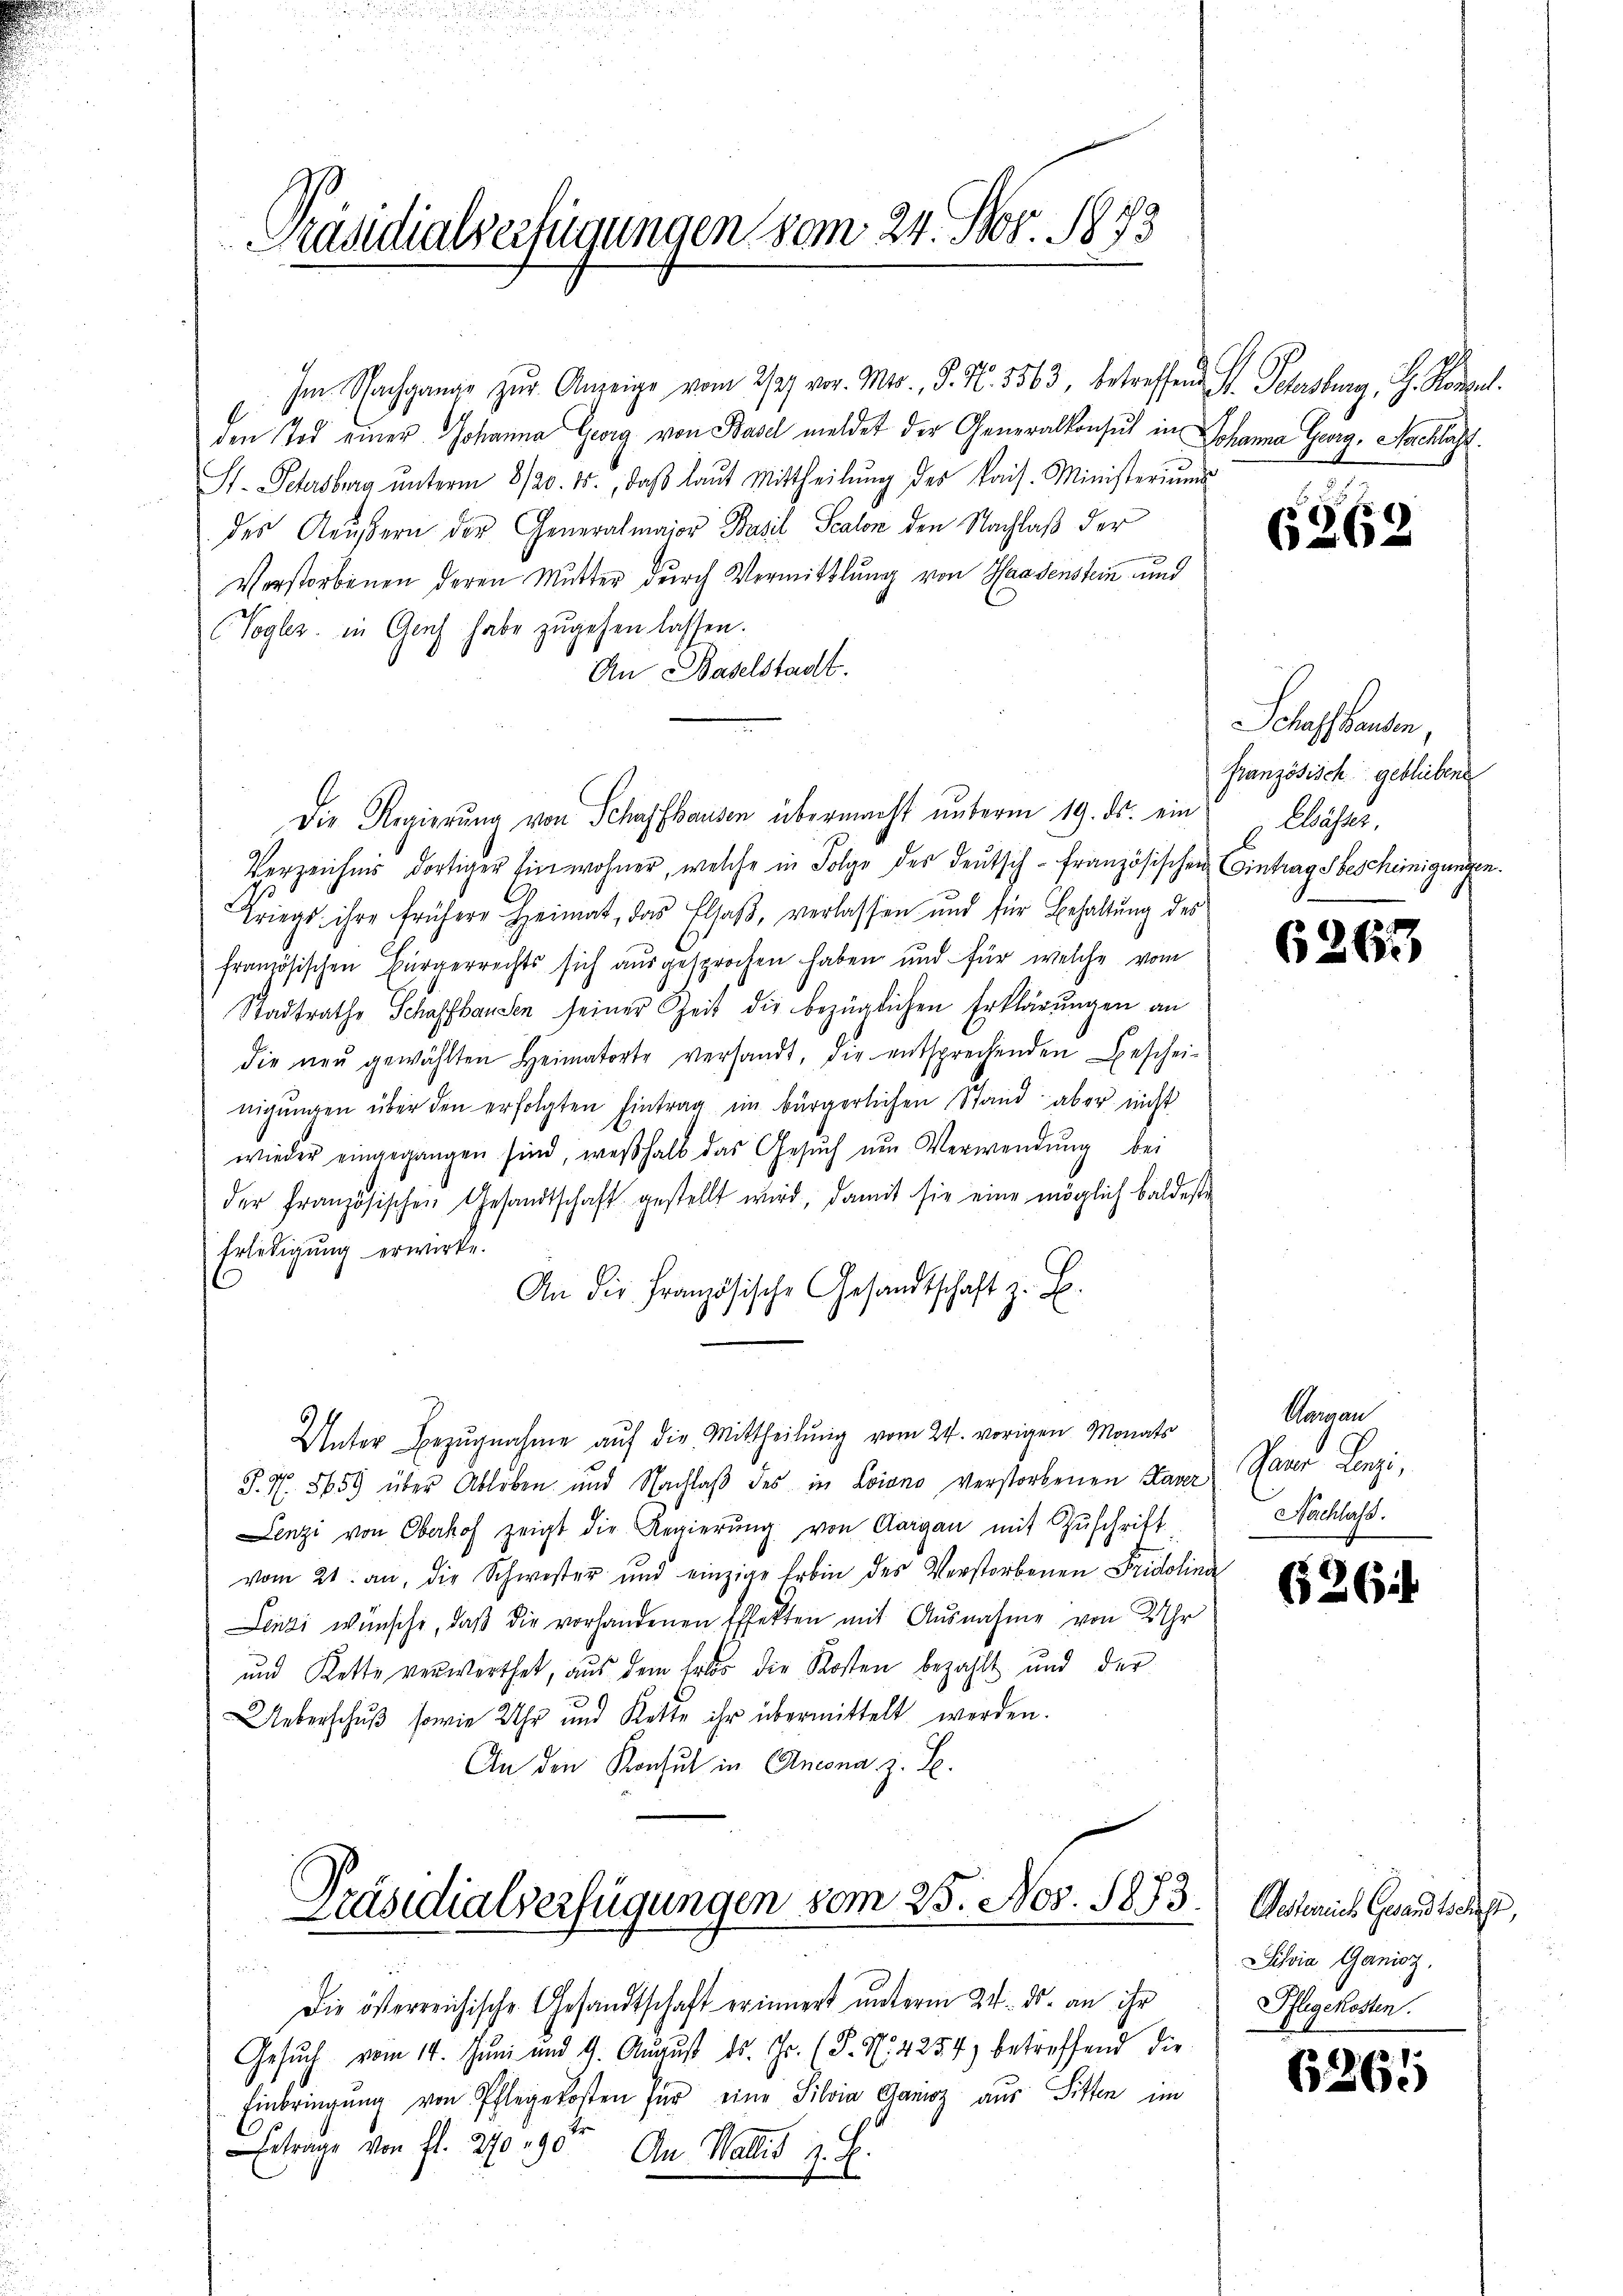
Präsidialverfügungen vom 24. Nov. 1873

Die Regierung von Schaffhausen übermacht unterm 19. ds. ein

Im Nachgang zŭr Anzeige vom 2/27. vor. Mts., S. Nr. 3563, betreffend St. Schersburg, G. Königl.
den Tod einer Johanna Gwig von Basel meldet der Generalkonsul in Johanna Georg, Nachlacht.
St. Petersberg ŭnterm 8/20. 15., daβ laŭt Mittheilŭng des kais. Ministeriums
des Aeussern der Generalmajor Brasil Scalon den Nachlaß der
Verstorbenen deren Mutter durch Vermittlung von Haadenstein, und
Vogler in Genf habe zugehen lassen.
An Baselstadt.
Verzeichnis dortiger Einwohner, welche in Folge des Deutsch-Französischen Eintragsbescheinigungen.
Kriegs ihre frühere Heimat, das Elsaß, verlassen und für Behaltung des
französischen Bürgerrechts sich ausgesprochen haben und für welche vom
Stadtrathe Schaffhausen seiner Zeit die bezüglichen Erklärungen an
die neŭ gewählten Heimatorte versandt, die entsprechenden Beschei-
nigŭngen über den erfolgten Eintrag im bürgerlichen Stand aber nicht
wieder eingegangen sind, weshalb das Gesŭch ŭm Verwendŭng bei
der Französischen Gesandtschaft gestellt wird, damit sie eine möglich baldeste
Erledigung erwirke.
An die Französische Gesandtschaft z. B.
.
Unter Bezugnahme auf die Mittheilung vom 24. vorigen Monats
S. Nr. 8659 über Ableben und Nachlaβ des in Loiano verstorbenen Kaver
Lenzi von Oberhof zeigt die Regierŭng von Aargau mit Zŭschrift
vom 21. an, die Schwester und einzige Erbin des Verstorbenen Fridolina
Lenzi wünsche, daβ die vorhandenen Effekten mit Ausnahme von 2 Uhr
und Kette verwerthet, aus dem Erlös die Kosten bezahlt und der
Ueberschuß sowie Uhr und Rette ihr übermittelt werden.
An den Konsul in Ancona z. B.

Präsidialverfügungen vom 25. Nov. 1873.

u
Gesŭch vom 14. Jŭni und 9. Aŭgŭst ds. Js. (T. N. 425. 4) betreffend die
Einbringŭng von Pflegekosten für eine Silvia Ganisz aus Sitten im
Ertrage von fl. 270. 90 An Wallis z. B.

Die österreichische Gesandtschaft erinnert unterm 24. ds. an ihr

6262

Schaffhausen,
französisch gebliebene
Auses,

6263

Rangen
Paar Lenzi,
Nachlass.

626

Petaris Grand hatte,
Sihvia Ganioz.
Pflegekosten.

6265